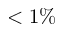
< 1 \%